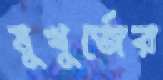
মুখুর্জের